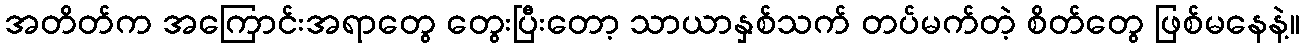
အတိတ်က အကြောင်းအရာတွေ တွေးပြီးတော့ သာယာနှစ်သက် တပ်မက်တဲ့ စိတ်တွေ ဖြစ်မနေနဲ့။